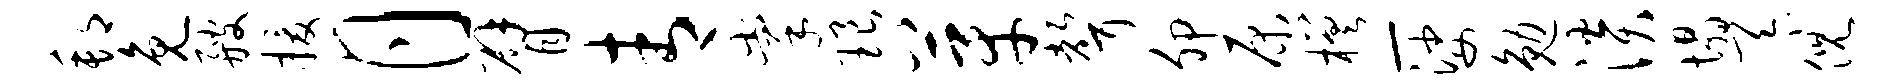
邦免艘援月臂青掌琅芽声卯原槎-娑勉淡塌忝倪